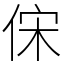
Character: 俕